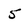
Character: 5